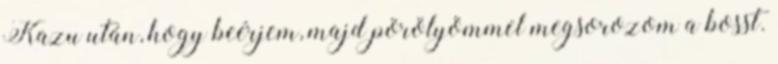
Kazu után, hogy beérjem, majd pörölyömmel megsorozom a bosst.